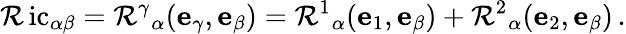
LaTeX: \operatorname{\mathcal{R}ic}_{\alpha\beta}=\mathcal{{\mathcal{R}}}^{\gamma}{}_{\alpha}(\mathbf{{e}}_{\gamma},\mathbf{{e}}_{\beta})=\mathcal{{\mathcal{R}}}^{1}{}_{\alpha}(\mathbf{{e}}_{1},\mathbf{{e}}_{\beta})+\mathcal{{\mathcal{R}}}^{2}{}_{\alpha}(\mathbf{{e}}_{2},\mathbf{{e}}_{\beta})\, .